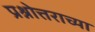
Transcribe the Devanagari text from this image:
प्रश्नोत्तराच्या